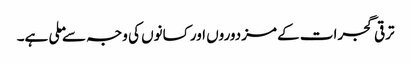
ترقی گجرات کے مزدوروں اور کسانوں کی وجہ سے ملی ہے۔